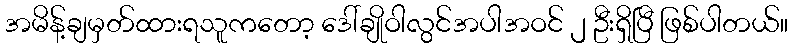
အမိန့်ချမှတ်ထားရသူကတော့ ဒေါ်ချိုဝါလွင်အပါအဝင် ၂ ဦးရှိပြီ ဖြစ်ပါတယ်။